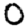
Digit: 0